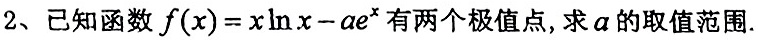
2、已知函数$f(x)=x\ln x - ae^{x}$有两个极值点，求$a$的取值范围.